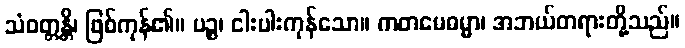
သံဝတ္တန္တိ၊ ဖြစ်ကုန်၏။ ပဉ္စ၊ ငါးပါးကုန်သော။ ကတမေဓမ္မာ၊ အဘယ်တရားတို့သည်။